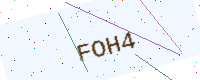
Text: FOH4